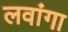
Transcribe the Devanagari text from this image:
लवांगा